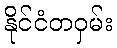
နိုင်ငံတဝှမ်း